Calcutta medical institutions reports 1879-81 [i.e.91]
Year: 1879
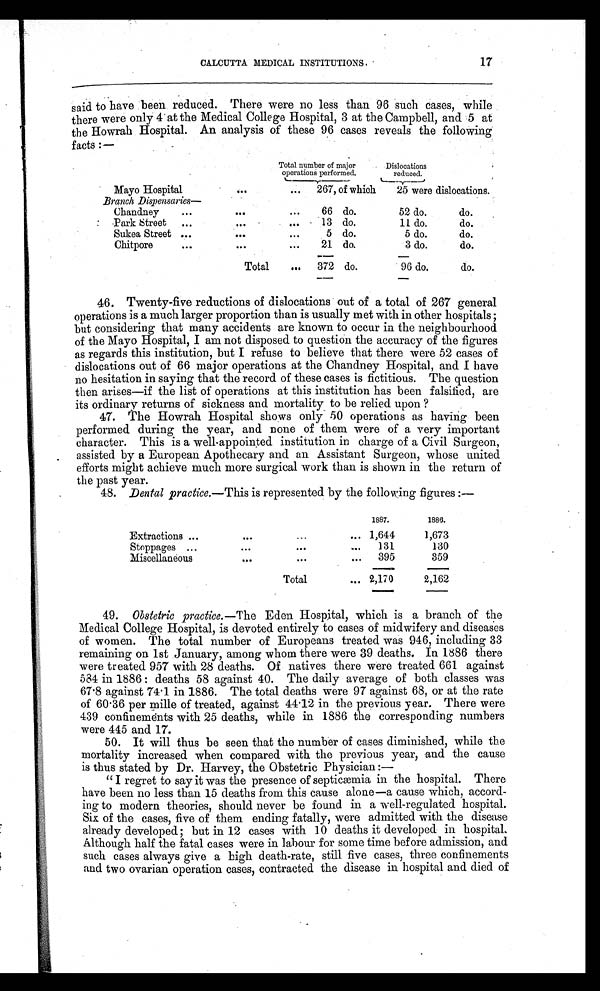
CALCUTTA MEDICAL INSTITUTIONS. 17
said to have been reduced. There were no less than 96 such cases, while
there were only 4 at the Medical College Hospital, 3 at the Campbell, and 5 at
the Howrah Hospital. An analysis of these 96 cases reveals the following
facts :—
Total number of major
operations performed.
Dislocations
reduced.
Mayo Hospital
...
. . .
267, of which
25 were dislocations.
Branch Dispensaries—
Chandney
...
. . .
. . .
66 do.
52 do.
do.
Park Street
...
...
... 13 do.
11 do.
do.
Sukea Street ...
. . .
5 do.
5 do.
do.
Chitpore
...
...
. . .
21 do.
3 do.
do.
Total
...
372 do.
96 do.
do.
46. Twenty-five reductions of dislocations out of a total of 267 general
operations is a much larger proportion than is usually met with in other hospitals ;
but considering that many accidents are known to occur in the neighbourhood
of the Mayo Hospital, I am not disposed to question the accuracy of the figures
as regards this institution, but I refuse to believe that there were 52 cases of
dislocations out of 66 major operations at the Chandney Hospital, and I have
no hesitation in saying that the record of these cases is fictitious. The question
then arises—if the list of operations at this institution has been falsified, are
its ordinary returns of sickness and mortality to be relied upon ?
47. The Howrah Hospital shows only 50 operations as having been
performed during the year, and none of them were of a very important
character. This is a well-appointed institution in charge of a Civil Surgeon,
assisted by a European Apothecary and an Assistant Surgeon, whose united
efforts might achieve much more surgical work than is shown in the return of
the past year.
4 8 . D e n t a l p r a c t i c e . —
T h i s
i s r e p r e s e n t e d b y t h e f o l l o w i n g f i g u r e s : —
1887.
1886.
Extractions ...
...
...
... 1,644
1,673
Stoppages ...
...
...
...
131
130
Miscellaneous
... ...
395
359
Total
... 2,170
2,162
49. Obstetric practice.— The Eden Hospital, which is a branch of the
Medical College Hospital, is devoted entirely to cases of midwifery and diseases
of women. The total number of Europeans treated was 946, including 33
remaining on 1st January, among whom there were 39 deaths. In 1886 there
were treated 957 with 28 deaths. Of natives there were treated 661 against
584 in 1886 : deaths 58 against 40. The daily average of both classes was
67.8 against 74.1 in 1886. The total deaths were 97 against 68, or at the rate
of 60.36 per mille of treated, against 44.12 in the previous year. There were
439 confinements with 25 deaths, while in 1886 the corresponding numbers
were 445 and 17.
50. It will thus be seen that the number of cases diminished, while the
mortality increased when compared with the previous year, and the cause
is thus stated by Dr. Harvey, the Obstetric Physician :
—
"I regret to say it was the presence of septicæmia in the hospital. There
have been no less than 15 deaths from this cause alone—a cause which, accord-
ing to modern theories, should never be found in a well-regulated hospital.
Six of the cases, five of them ending fatally, were admitted with the disease
already developed; but in 12 cases with 10 deaths it developed in hospital.
Although half the fatal cases were in labour for some time before admission, and
such cases always give a high death-rate, still five cases, three confinements
and two ovarian operation cases, contracted the disease in hospital and died of